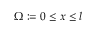
\Omega : = 0 \le x \le l